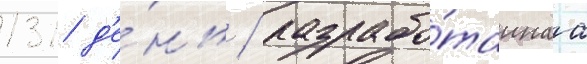
131 д'е́нь / разрабо́таннаа